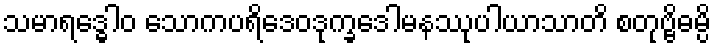
သမာရဒ္ဓေါဝ သောကပရိဒေဝဒုက္ခဒေါမနဿုပါယာသာတိ စတုဗ္ဗိဓမ္ပိ